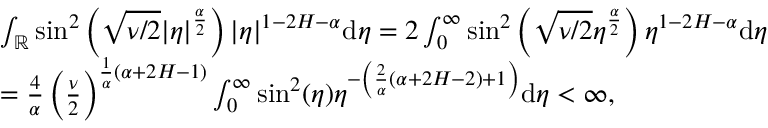
\begin{array} { r l } & { \int _ { \mathbb { R } } \sin ^ { 2 } \left( \sqrt { \nu / 2 } | \eta | ^ { \frac \alpha 2 } \right) | \eta | ^ { 1 - 2 H - \alpha } \ensuremath { \mathrm { d } } \eta = 2 \int _ { 0 } ^ { \infty } \sin ^ { 2 } \left( \sqrt { \nu / 2 } \eta ^ { \frac \alpha 2 } \right) \eta ^ { 1 - 2 H - \alpha } \ensuremath { \mathrm { d } } \eta } \\ & { = \frac { 4 } { \alpha } \left( \frac { \nu } { 2 } \right) ^ { \frac { 1 } { \alpha } ( \alpha + 2 H - 1 ) } \int _ { 0 } ^ { \infty } \sin ^ { 2 } ( \eta ) \eta ^ { - \left( \frac { 2 } { \alpha } ( \alpha + 2 H - 2 ) + 1 \right) } \ensuremath { \mathrm { d } } \eta < \infty , } \end{array}